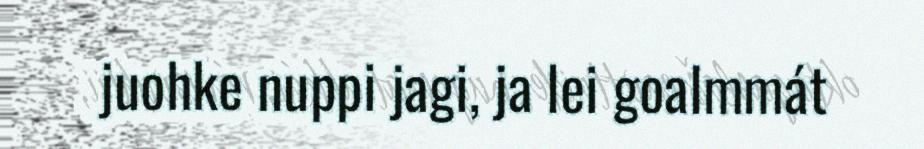
juohke nuppi jagi, ja lei goalmmát